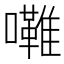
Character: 𱕦